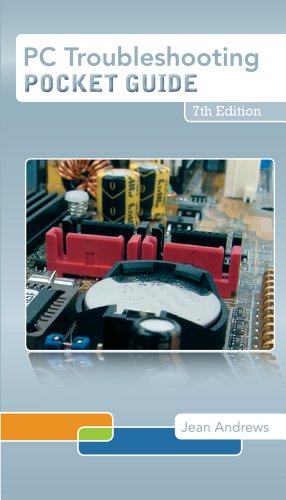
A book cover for PC Troubleshooting Pocket Guide; Jean Andrews; Computers & Technology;